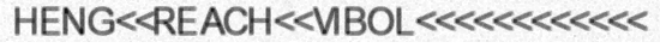
HENG<<REACH<<VIBOL<<<<<<<<<<<<